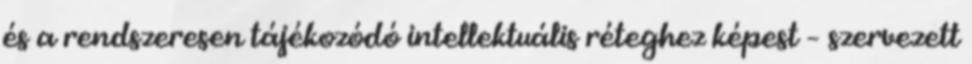
és a rendszeresen tájékozódó intellektuális réteghez képest – szervezett